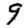
Digit: 9